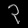
Digit: ၃